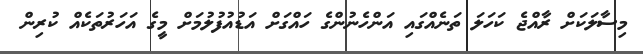
މިސާލަކަށް ރާއްޖެ ކަހަލަ ތަނެއްގައި އަންހެނުންގެ ހައްގަށް އަޑުއުފުލުމަށް މީގެ އަހަރުތަކެއް ކުރިން